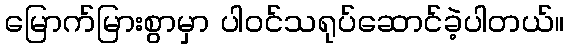
မြောက်မြားစွာမှာ ပါဝင်သရုပ်ဆောင်ခဲ့ပါတယ်။